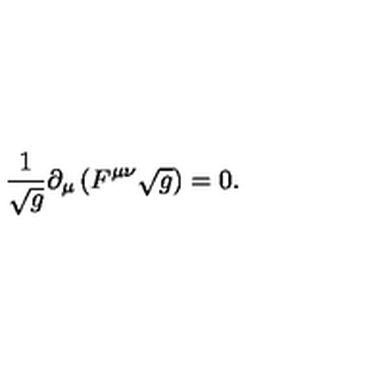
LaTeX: { \frac { 1 } { \sqrt g } } \partial _ { \mu } \left( F ^ { \mu \nu } \sqrt { g } \right) = 0 .